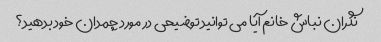
نگران نباش خانم آیا می توانید توضیحی در مورد چمدان خود بدهید؟